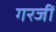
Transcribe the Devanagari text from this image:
गरजीं